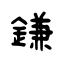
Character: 鎌